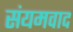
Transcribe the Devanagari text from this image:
संयमवाद